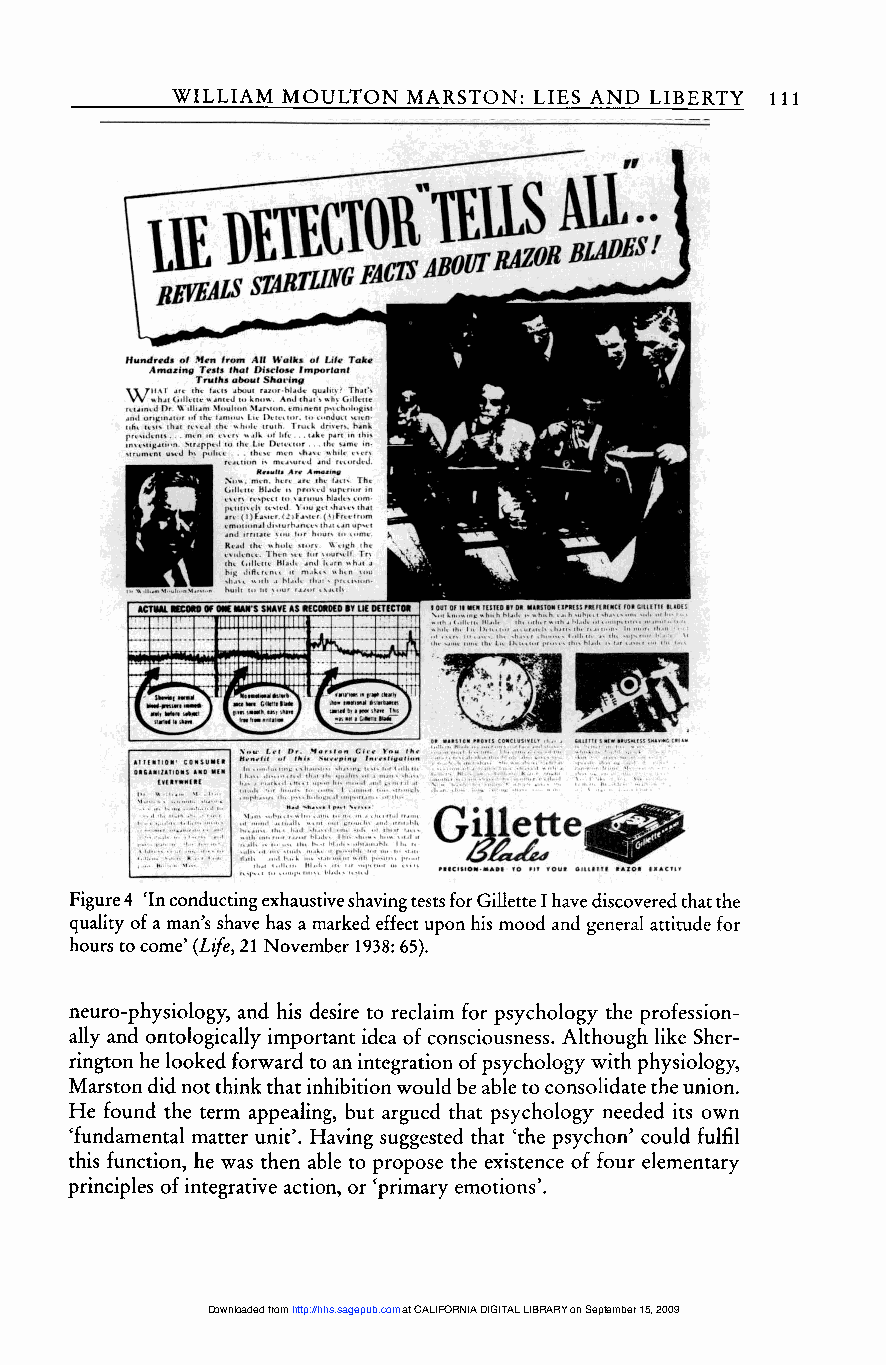
111
 Figure 4 ’In conducting exhaustive shaving tests for Gillette I have discovered that the
 quality of a man’s shave has a marked effect upon his mood and general attitude for
 hours to come’ (Life, 21 November 1938: 65).
 neuro-physiology, and his desire to reclaim for psychology the profession-
 ally and ontologically important idea of consciousness. Although like Sher-
 rington he looked forward to an integration of psychology with physiology,
 Marston did not think that inhibition would be able to consolidate the union.
 He found the term appealing, but argued that psychology needed its own
 ’fundamental matter unit’. Having suggested that ’the psychon’ could fulfil
 this function, he was then able to propose the existence of four elementary
 principles of integrative action, or ’primary emotions’.
 Downloaded from http://hhs.sagepub.com at CALIFORNIA DIGITAL LIBRARY on September 15, 2009